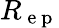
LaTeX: R_{\mathrm{~e~p~}}